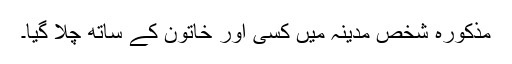
مذکورہ شخص مدینہ میں کسی اور خاتون کے ساتھ چلا گیا۔